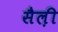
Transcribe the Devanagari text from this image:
सैल़ी